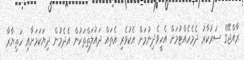
ރާއްޖޭގެ ސަރުކާރު ދެމެހެއްޓުމަށް އެހީވެދިނުމަށް އެކުވެރި އެތައް ދައުލަތްތަކުން އެދެމުން ދިޔަކަމަށާއި ހަތިޔާރާ